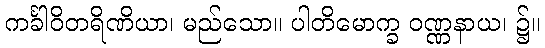
ကင်္ခါဝိတရိဏိယာ၊ မည်သော။ ပါတိမောက္ခ ဝဏ္ဏနာယ၊ ၌။